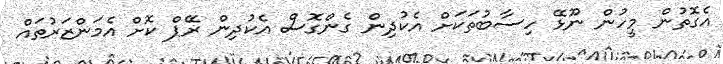
އެގޮތުން މީހުން ނޫޅޭ ހިސާބުތަކަށް އެކުދިން ގެންގޮސް އެކުދިން ރޭޕް ކޮށް އެމަންޒަރުތައް